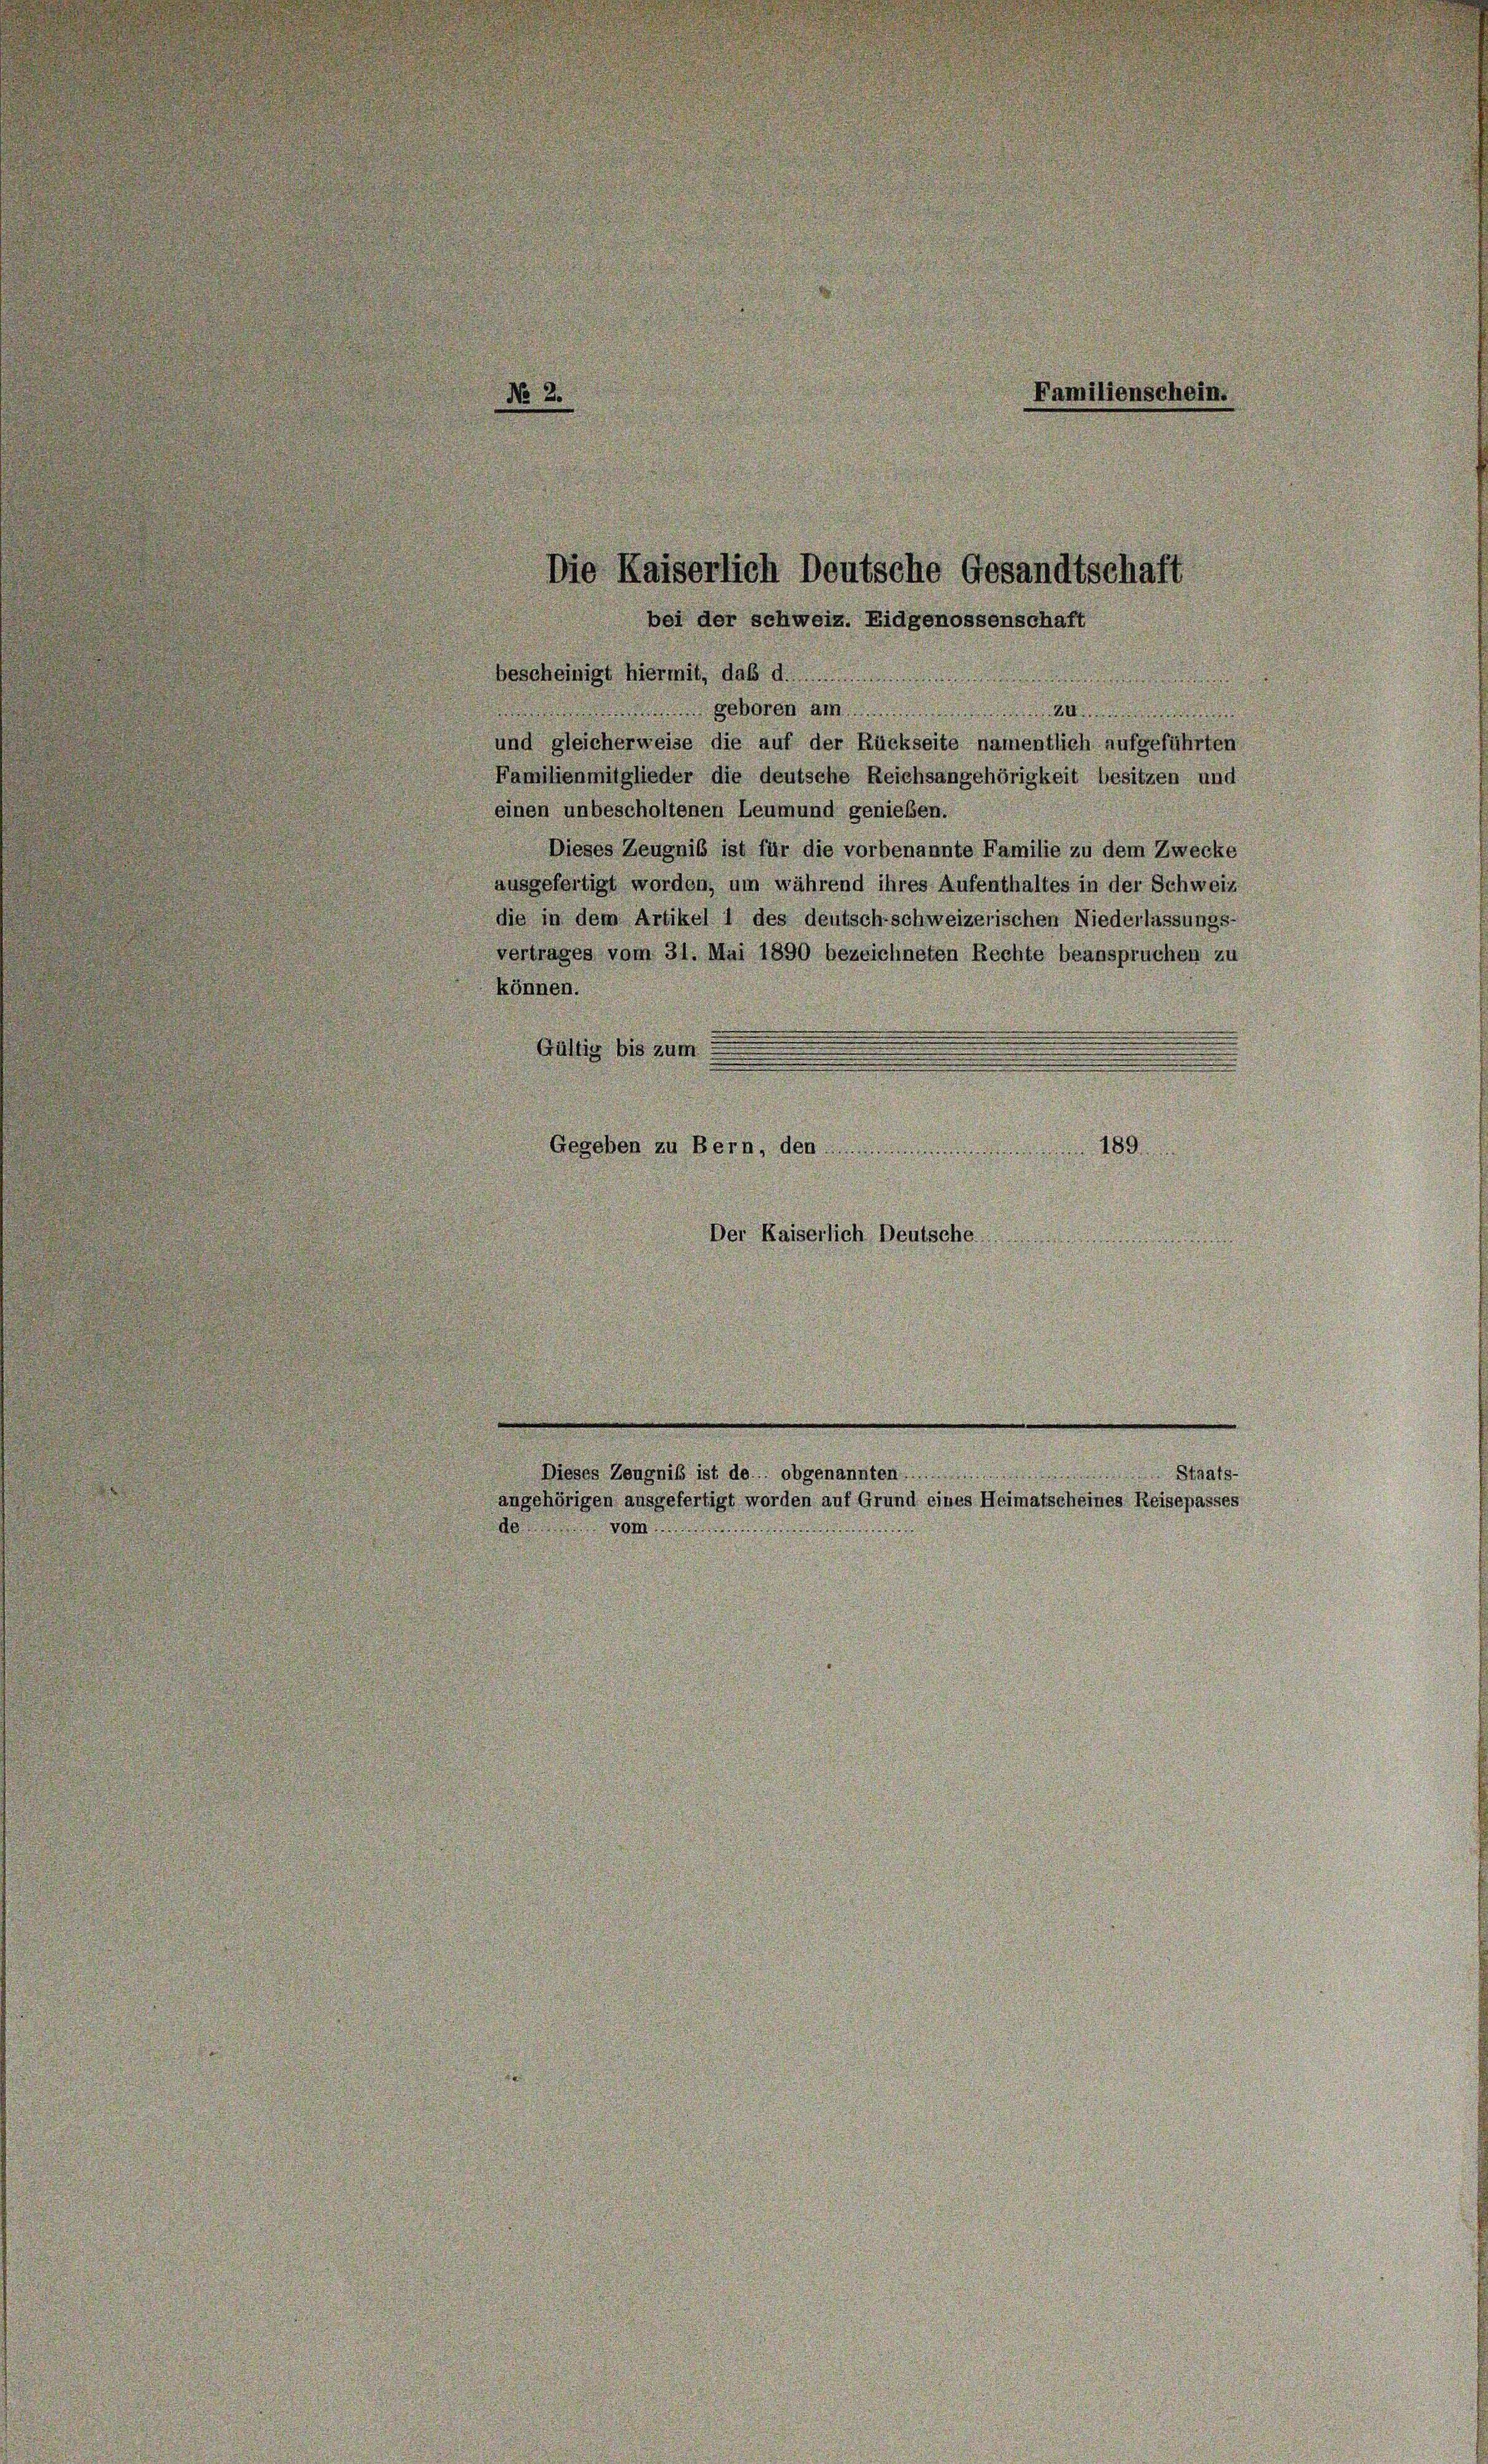
bescheinigt hiermit, daß di

.
 geboren am................
und gleicherweise die auf der Rückseite namentlich aufgeführten
Familienmitglieder die deutsche Reichsangehörigkeit besitzen und
einen unbescholtenen Leumund genießen.
Dieses Zeugniß ist für die vorbenannte Familie zu dem Zwecke
ausgefertigt worden, um während ihres Aufenthaltes in der Schweiz
die in dem Artikel 1 des deutsch-schweizerischen Niederlassungs-
vertrages vom 31. Mai 1890 bezeichneten Rechte beanspruchen zu
können.

.
e
Gültig bis zum
Gegeben zu Bern, den .................................. 189.
d
Der Kaiserlich Deutsche

Familienschein.
Die Kaiserlich Deutsche Gesandtschaft
bei der schweiz. Eidgenossenschaft

Dieses Zeugniß ist de.. obgenannten Staatsangehörigen ausgefertigt worden auf Grund eines Heimatscheines Reisepasses
en Stimmun